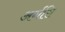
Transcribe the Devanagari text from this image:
अर्गसि